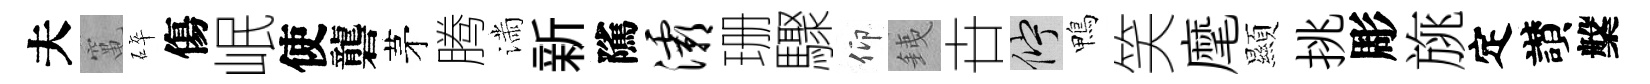
夫𥧄碎傷岷使礱茅腾滿新隲灞珊驟仰銕卋伫鴨笑麾顯挑彫旐定讃槃